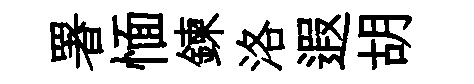
署愐鍊洛遐胡